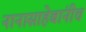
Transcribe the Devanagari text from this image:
नानासाहेबांनीच